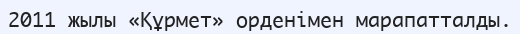
2011 жылы «Құрмет» орденімен марапатталды.